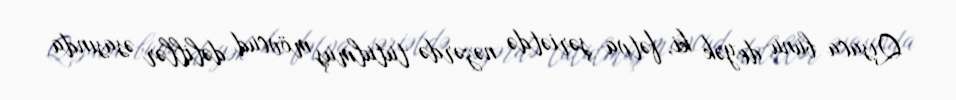
Qısaca bunu deyək ki, fətva şəriətdə nəzərdə tutulmuş mövcud dəlillər əsasında